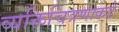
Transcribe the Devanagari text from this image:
व्यक्तिचित्रणाकडे